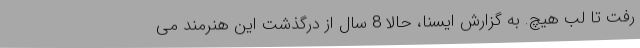
رفت تا لب هیچ. به گزارش ایسنا، حالا 8 سال از درگذشت این هنرمند می